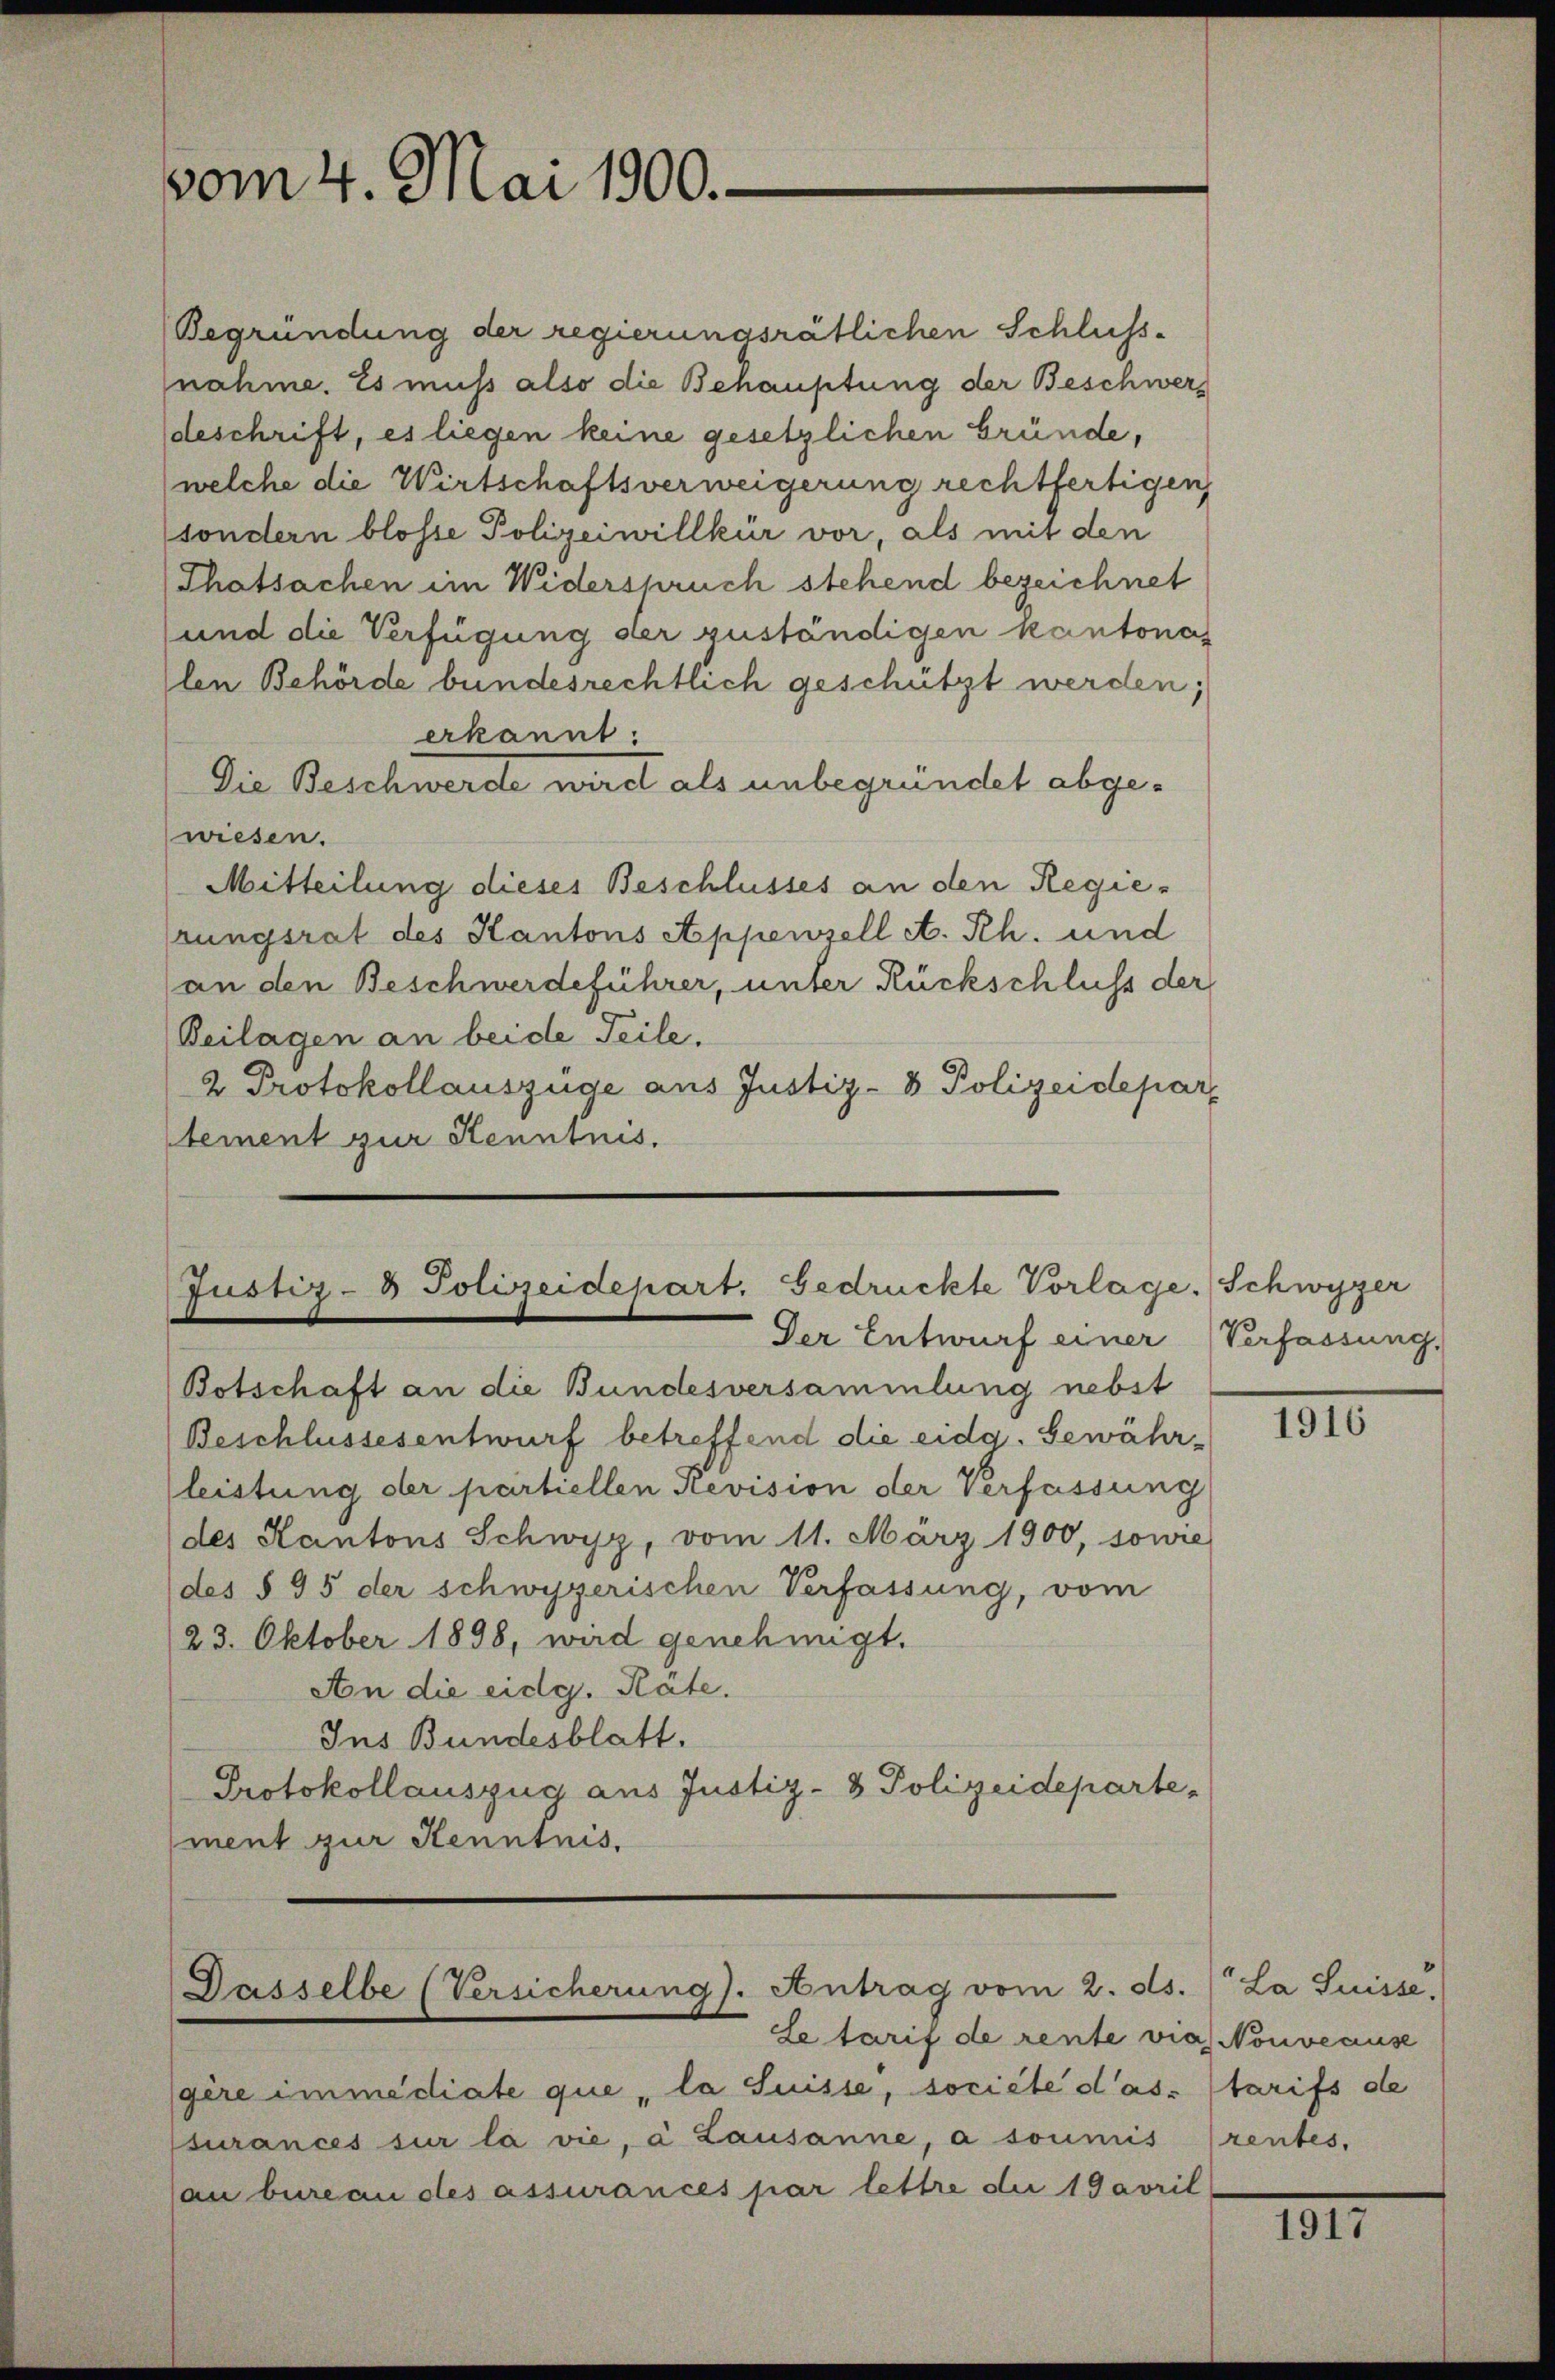
vom 4. Mai 1900.

Justiz- & Polizeidepart. Gedrückte Vorlage. Schwyzer
Der Entwurf einer Verfassung,

Begründung der regierungsrätlichen Schluss-
nahme. Es muß also die Behauptung der Beschwerz
deschrift, es liegen keine gesetzlichen Gründe,
welche die Wirtschaftsverweigerung rechtfertigen
sondern blosse Polizeiwillkür vor, als mit den
Thatsachen im Widerspruch stehend bezeichnet
und die Verfügung der zuständigen kantonas
len Behörde bundesrechtlich geschützt werden;
erkannt:
Die Beschwerde wird als unbegründet abgewiesen.
Mitteilung dieses Beschlusses an den Regierungsrat des Kantons Appenzell A. Rh. und
an den Beschwerdeführer, unter Rückschluss der
Beilagen an beide Teile.
2 Protokollauszüge aus Justiz- & Polizeidepar
stement zur Kenntnis.

Botschaft an die Bundesversammlung nebst
Beschlussesentwurf betreffend die eidg. Gewähr-
leistung der partiellen Revision der Verfassung
(des Kantons Schwyz, vom 11. März 1900, sowie
(des § 95 der schwyzerischen Verfassung, vom
23. Oktober 1898, wird genehmigt.
An die eidg. Rate.
Ins Bundesblatt.
Protokollauszug aus Justiz- & Polizeideparte,
ment zur Kenntnis.

Dasselbe (Versicherung). Antrag vom 2. ds. La Suisse,
Letarif de rente via Nouveause

gère immediate que la Suisse, societe das tarifs de
ssurances sur la vie, à Lausanne, a soumis rentes,
au bureau des assurances par lettre der 1 Gavril

1916

IIII